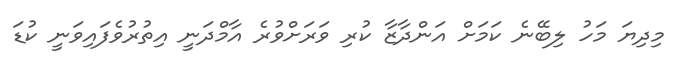
މިދިޔަ މަހު ލިބޭނެ ކަމަށް އަންދާޒާ ކުރި ވަރަށްވުރެ އާމްދަނީ އިތުރުވެފައިވަނީ ކުޑަ